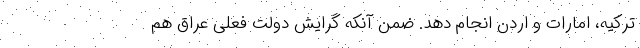
ترکیه، امارات و اردن انجام دهد. ضمن آنکه گرایش دولت فعلی عراق هم